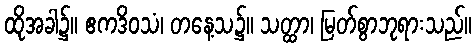
ထိုအခါ၌။ ဧကဒိဝသံ၊ တနေ့သ၌။ သတ္ထာ၊ မြတ်စွာဘုရားသည်။